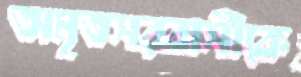
অমৃতসরবাসীকে